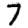
Digit: 7